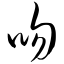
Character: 吻